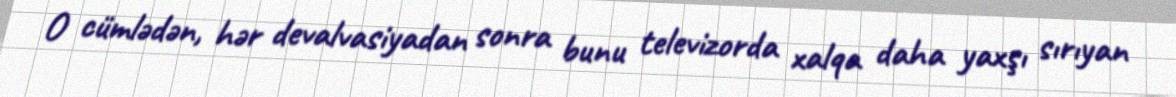
O cümlədən, hər devalvasiyadan sonra bunu televizorda xalqa daha yaxşı sırıyan